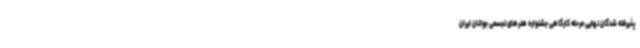
پذیرفته شدگان نهایی مرحله کارگاهی جشنواره هنرهای تجسمی جوانان ایران